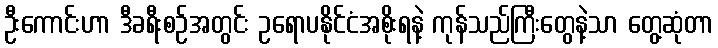
ဦးကောင်းဟာ ဒီခရီးစဉ်အတွင်း ဥရောပနိုင်ငံအစိုးရနဲ့ ကုန်သည်ကြီးတွေနဲ့သာ တွေ့ဆုံတာ